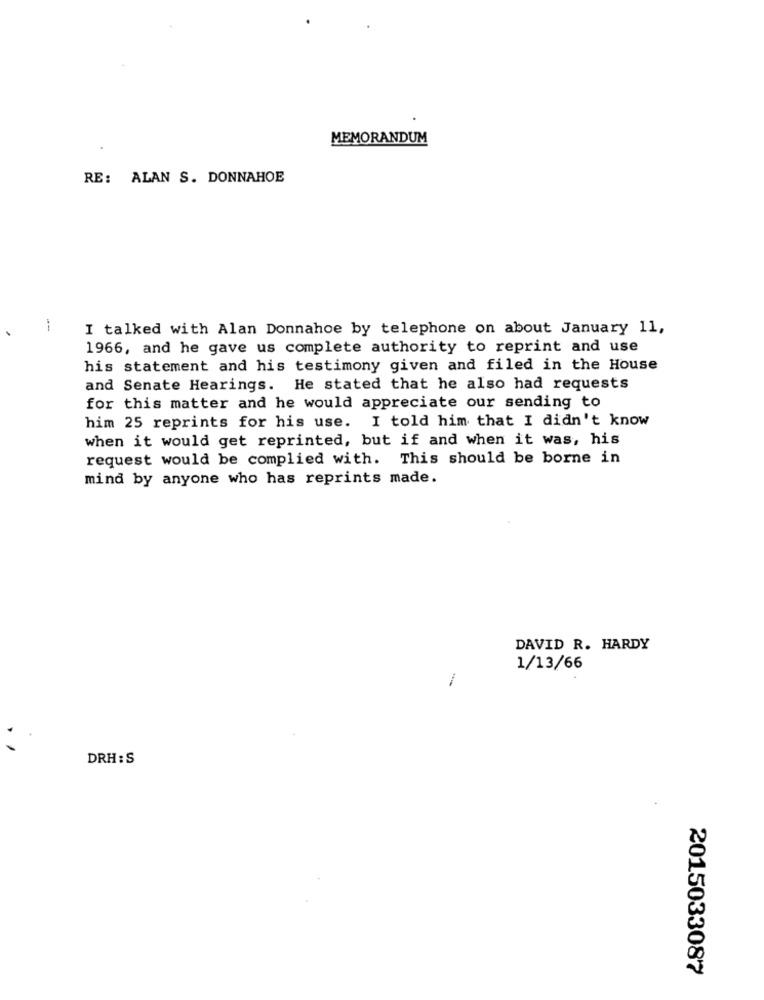
MEMORANDUM
RE: ALAN S. DONNAHOE
--
I talked with Alan Donnahoe by telephone on about January 11,
1966, and he gave us complete authority to reprint and use
his statement and his testimony given and filed in the House
and Senate Hearings. He stated that he also had requests
for this matter and he would appreciate our sending to
him 25 reprints for his use. I told him that I didn't know
when it would get reprinted, but if and when it was, his
request would be complied with. This should be borne in
mind by anyone who has reprints made.
DAVID R. HARDY
1/13/66
DRH : S
2015033087